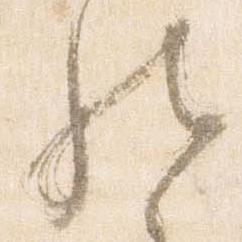
然